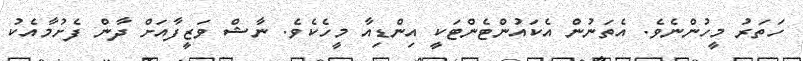
ހަތަރު މީހުންނެވެ. އެތަނުން އެކައުންޓެންޓަކީ އިންޑިއާ މީހެކެވެ. ނާޝް ވަޒީފާއަށް ދާން ފެށުމާއެކު